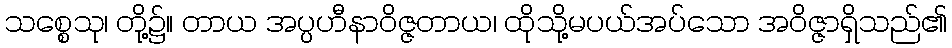
သစ္စေသု၊ တို့၌။ တာယ အပ္ပဟီနာဝိဇ္ဇတာယ၊ ထိုသို့မပယ်အပ်သော အဝိဇ္ဇာရှိသည်၏